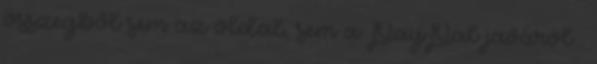
összegből sem az oldal, sem a PayPal javáról .